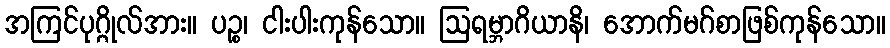
အကြင်ပုဂ္ဂိုလ်အား။ ပဉ္စ၊ ငါးပါးကုန်သော။ ဩရမ္ဘာဂိယာနိ၊ အောက်မဂ်စာဖြစ်ကုန်သော။